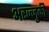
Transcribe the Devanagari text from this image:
अरज्जुकी